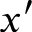
x ^ { \prime }